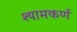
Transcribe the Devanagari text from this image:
श्यामकर्ण